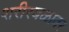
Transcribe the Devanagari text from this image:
शरीरबळावर